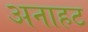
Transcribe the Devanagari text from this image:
अनाहट